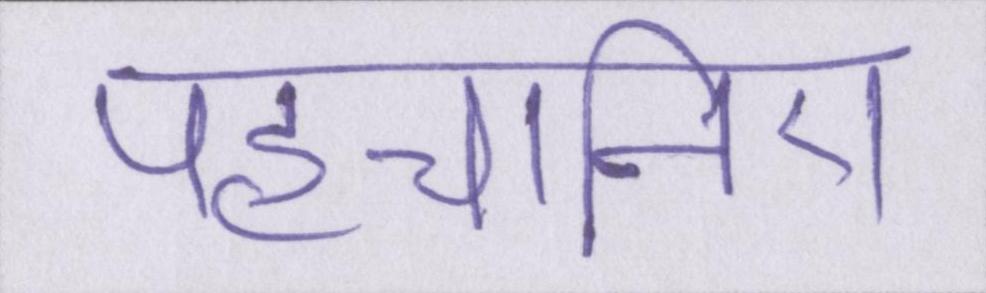
पहचानिए